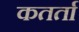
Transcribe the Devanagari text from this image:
कतर्ता